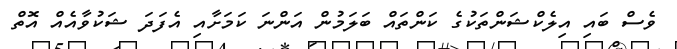
ވެސް ބައި އިލެކްޝަންތަކުގެ ކަންތައް ބަލަމުން އަންނަ ކަމަށާއި އެފަދަ ޝަކުވާއެއް އޮތް